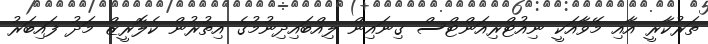
ތަރުކާރީ އާއި މޭވާއަކީ ނިއުޓްރިއަންޓްސް ގިނައިން ލިއްބައިދިނުމުގެ އިތުރުން ކެލޮރީޒް މަދު ފައިބަރު